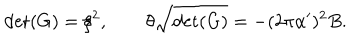
LaTeX: \det ( G ) = \xi ^ { 2 } , \qquad \theta \sqrt { \det ( G ) } = - ( 2 \pi \alpha ^ { \prime } ) ^ { 2 } B .